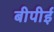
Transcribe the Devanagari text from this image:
बीपीई